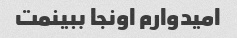
امیدوارم اونجا ببینمت